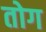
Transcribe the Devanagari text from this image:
तोग